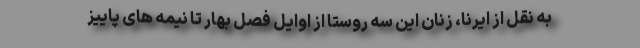
به نقل از ایرنا، زنان این سه روستا از اوایل فصل بهار تا نیمه های پاییز